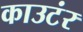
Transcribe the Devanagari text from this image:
काउटंर